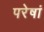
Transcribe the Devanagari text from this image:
परेषां